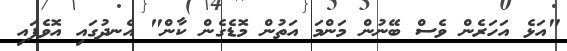
"އަޅެ އަހަރެން ވެސް ބޭނުން މަންމަ އަތުން މޮޑެގެން ކާން" އެނދުގައި އޮވެފައި